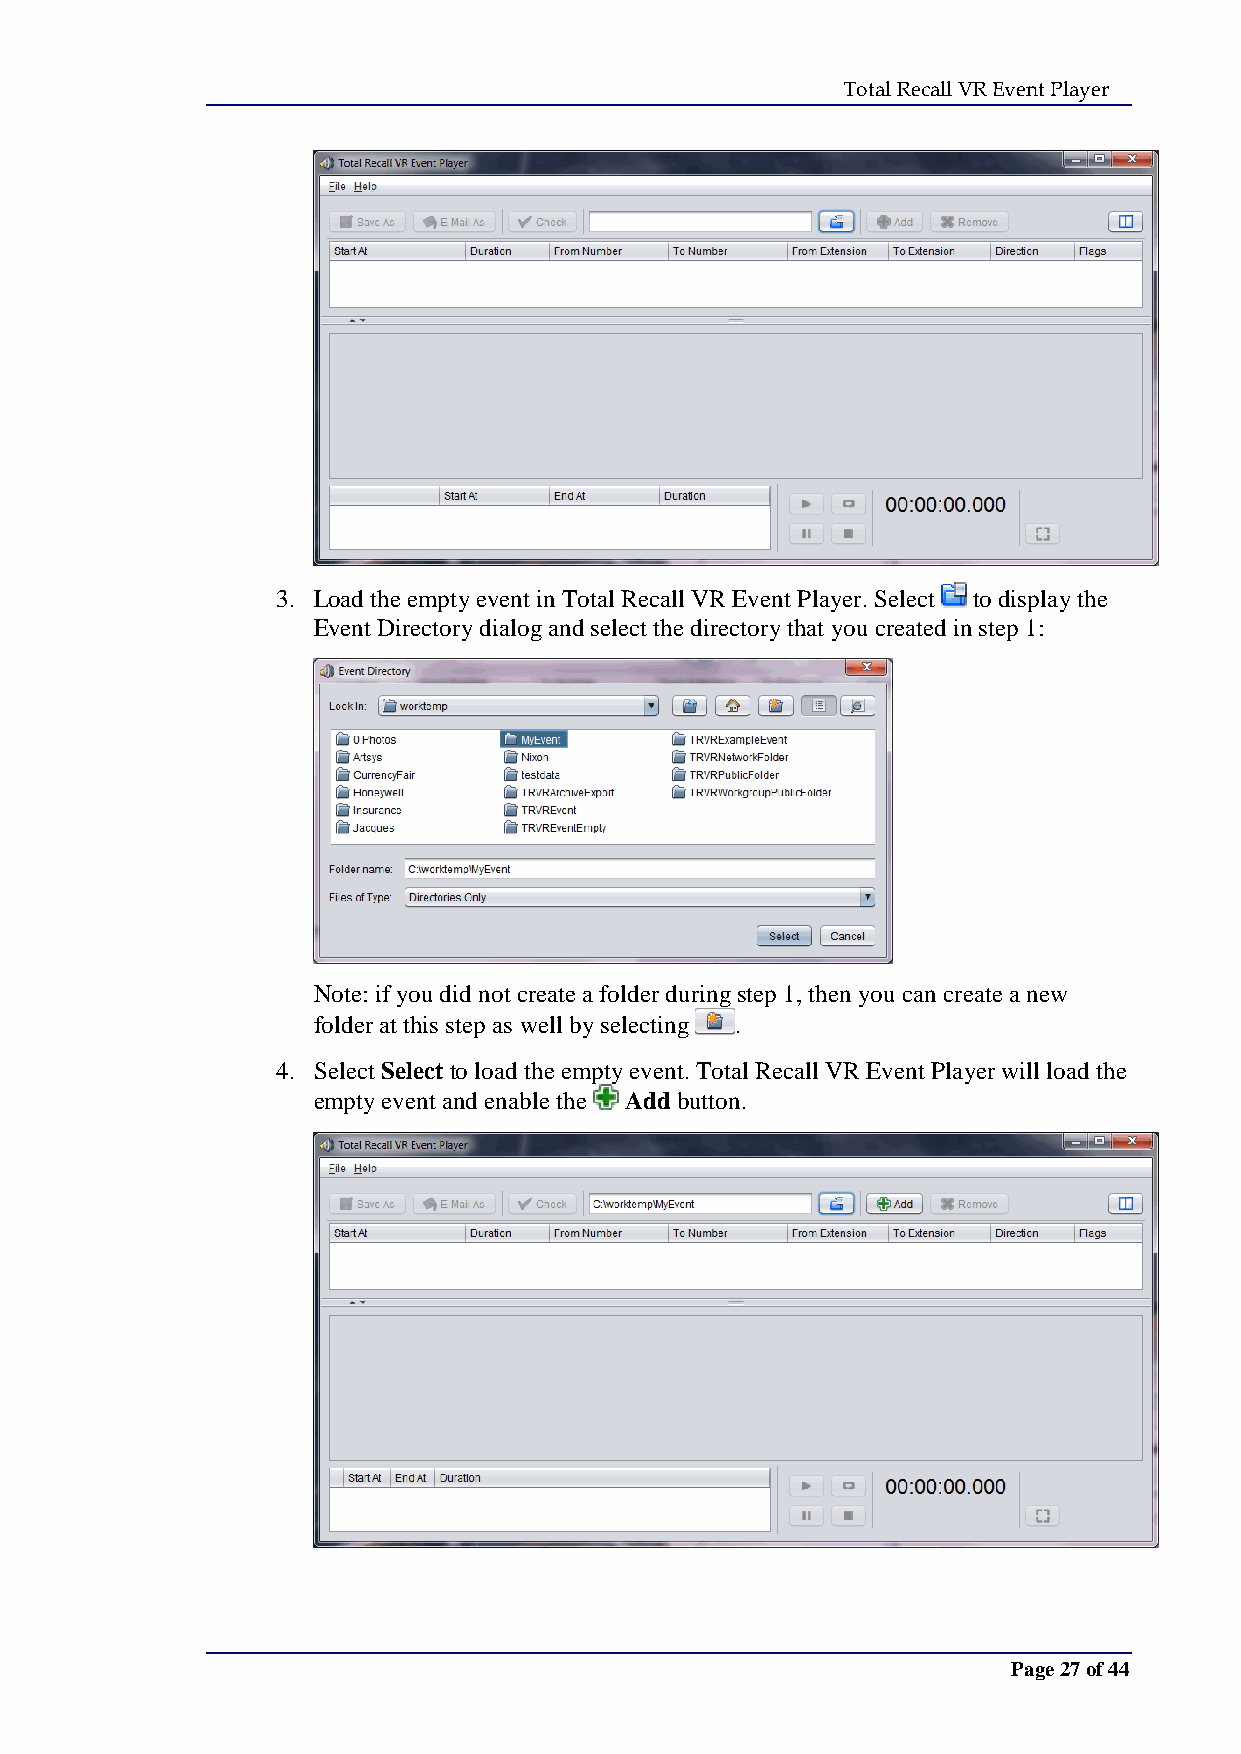
Total Recall VR Event Player
 3. Load the empty event in Total Recall VR Event Player. Select to display the
 Event Directory dialog and select the directory that you created in step 1:
 Note: if you did not create a folder during step 1, then you can create a new
 folder at this step as well by selecting .
 4. Select Select to load the empty event. Total Recall VR Event Player will load the
 empty event and enable the Add button.
 Page 27 of 44